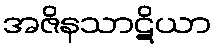
အဇိနသာဋိယာ